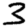
Digit: 3